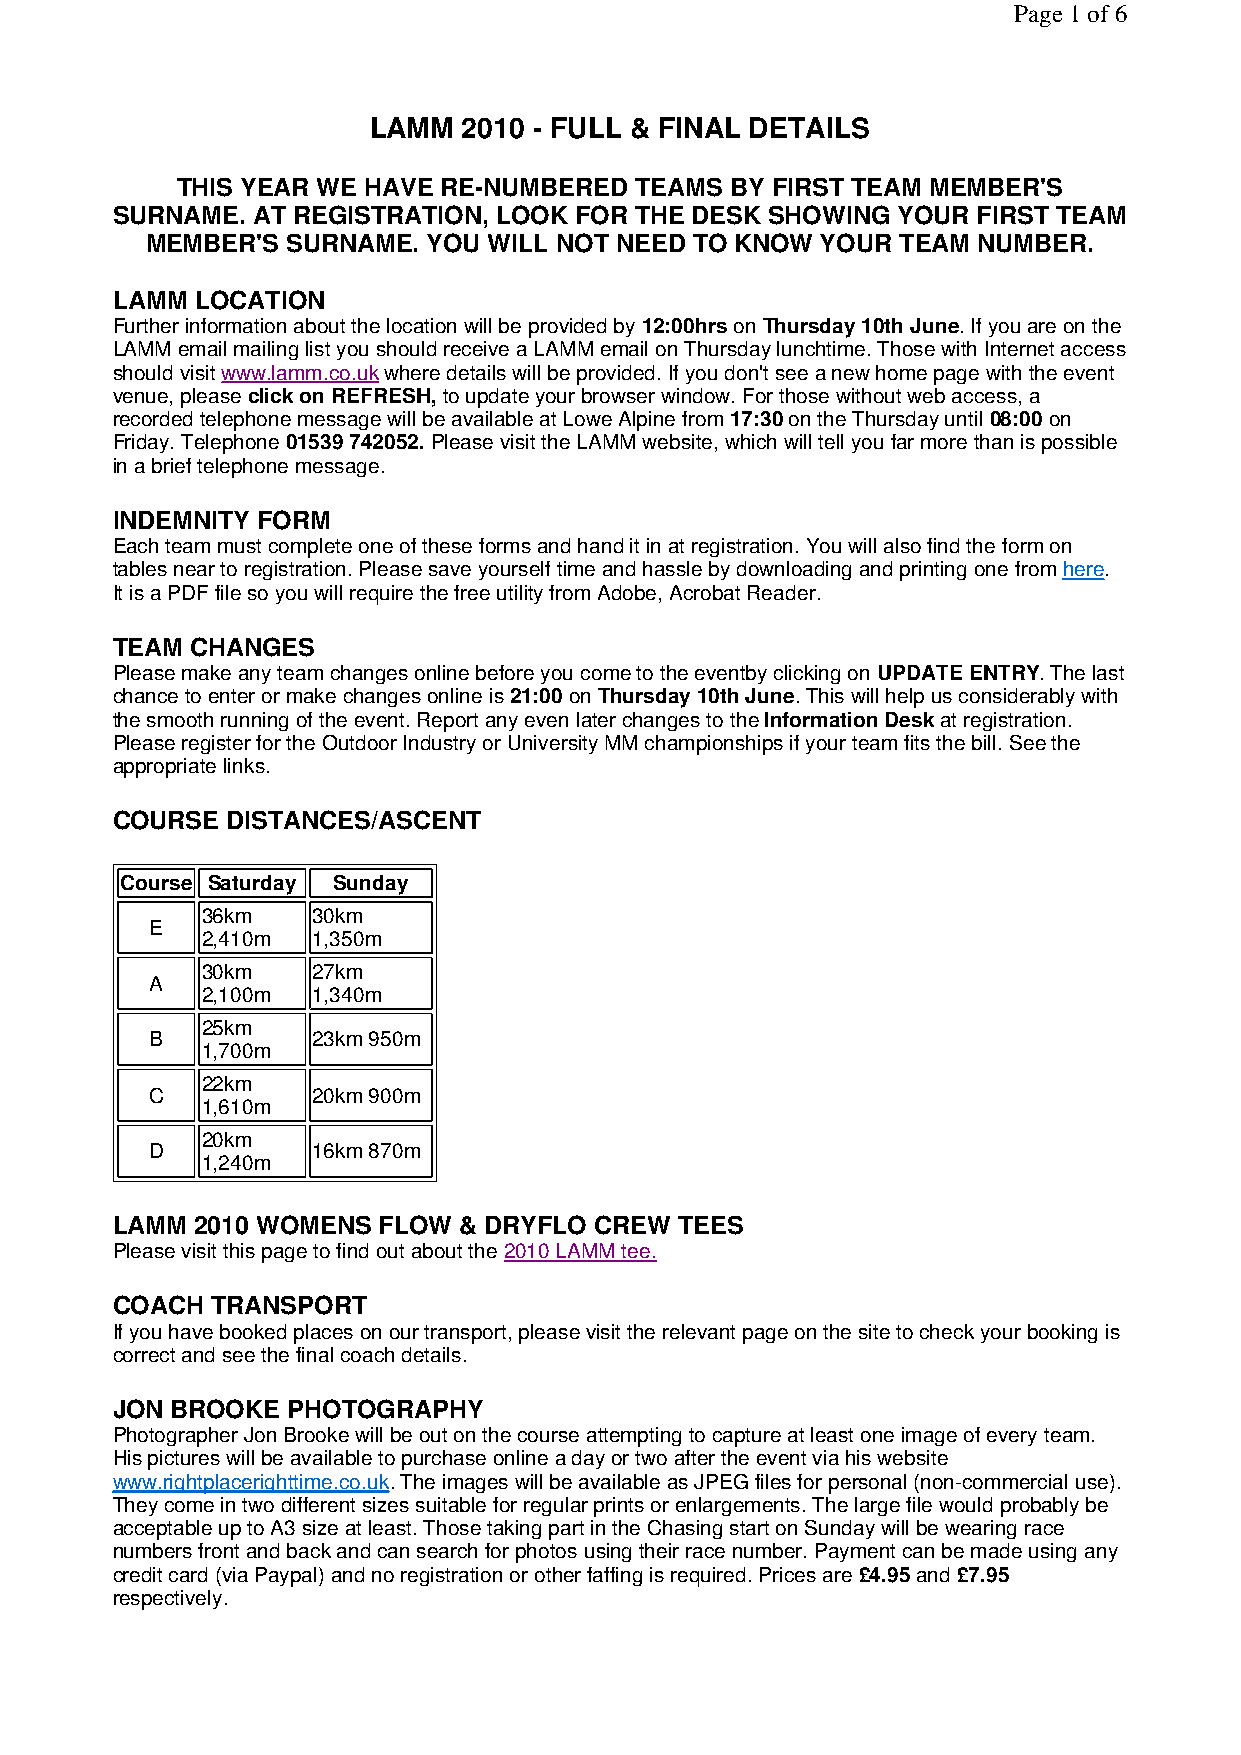
Page 1 of 6
 LAMM   2010 - FULL & FINAL DETAILS
 THIS YEAR WE HAVE RE-NUMBERED TEAMS BY FIRST TEAM MEMBER'S
 SURNAME.  AT REGISTRATION, LOOK FOR THE DESK SHOWING YOUR FIRST TEAM
 MEMBER'S SURNAME. YOU WILL NOT NEED TO KNOW YOUR  TEAM NUMBER.
 LAMM  LOCATION
 Further information about the location will be provided by 12:00hrs on Thursday 10th June. If you are on the
 LAMM email mailing list you should receive a LAMM email on Thursday lunchtime. Those with Internet access
 should visit www.lamm.co.uk where details will be provided. If you don't see a new home page with the event
 venue, please click on REFRESH, to update your browser window. For those without web access, a
 recorded telephone message will be available at Lowe Alpine from 17:30 on the Thursday until 08:00 on
 Friday. Telephone 01539 742052. Please visit the LAMM website, which will tell you far more than is possible
 in a brief telephone message.
 INDEMNITY FORM
 Each team must complete one of these forms and hand it in at registration. You will also find the form on
 tables near to registration. Please save yourself time and hassle by downloading and printing one from here.
 It is a PDF file so you will require the free utility from Adobe, Acrobat Reader.
 TEAM  CHANGES
 Please make any team changes online before you come to the eventby clicking on UPDATE ENTRY. The last
 chance to enter or make changes online is 21:00 on Thursday 10th June. This will help us considerably with
 the smooth running of the event. Report any even later changes to the Information Desk at registration.
 Please register for the Outdoor Industry or University MM championships if your team fits the bill. See the
 appropriate links.
 COURSE  DISTANCES/ASCENT
 Course Saturday Sunday
 36km    30km
 E
 2,410m  1,350m
 30km    27km
 A
 2,100m  1,340m
 25km
 B          23km 950m
 1,700m
 22km
 C          20km 900m
 1,610m
 20km
 D          16km 870m
 1,240m
 LAMM  2010 WOMENS FLOW & DRYFLO CREW  TEES
 Please visit this page to find out about the 2010 LAMM tee.
 COACH  TRANSPORT
 If you have booked places on our transport, please visit the relevant page on the site to check your booking is
 correct and see the final coach details.
 JON BROOKE  PHOTOGRAPHY
 Photographer Jon Brooke will be out on the course attempting to capture at least one image of every team.
 His pictures will be available to purchase online a day or two after the event via his website
 www.rightplacerighttime.co.uk. The images will be available as JPEG files for personal (non-commercial use).
 They come in two different sizes suitable for regular prints or enlargements. The large file would probably be
 acceptable up to A3 size at least. Those taking part in the Chasing start on Sunday will be wearing race
 numbers front and back and can search for photos using their race number. Payment can be made using any
 credit card (via Paypal) and no registration or other faffing is required. Prices are £4.95 and £7.95
 respectively.